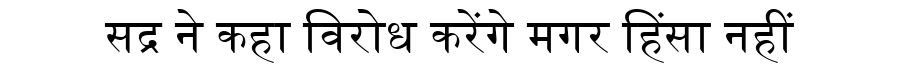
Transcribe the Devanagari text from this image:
सद्र ने कहा विरोध करेंगे मगर हिंसा नहीं